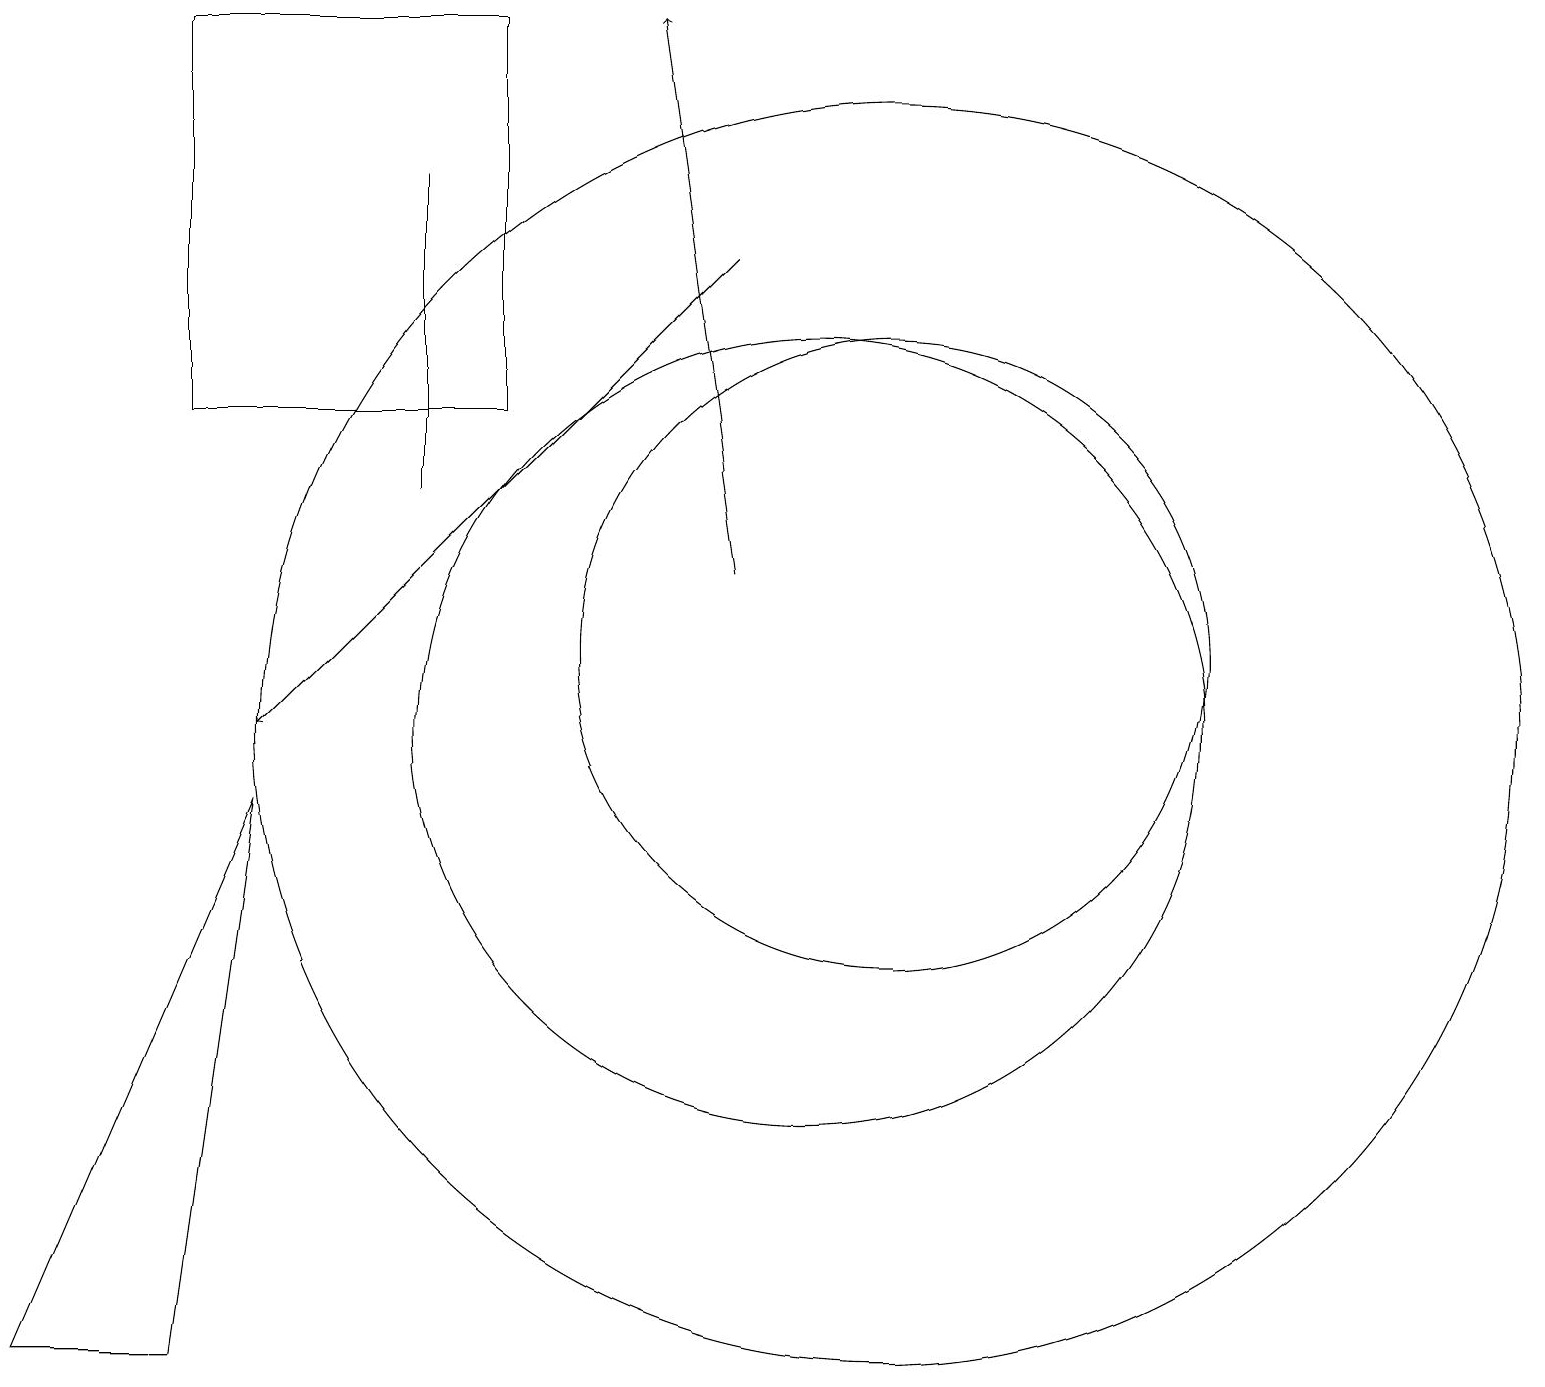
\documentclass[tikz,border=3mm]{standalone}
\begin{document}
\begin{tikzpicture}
\draw (5,17) rectangle (5,13);
\draw (11,10) circle (8);
\draw[->] (9,12) -- (8,19);
\draw (11,11) circle (4);
\draw (2,2) -- (0,2) -- (3,9) -- cycle;
\draw (10,10) circle (5);
\draw[->] (9,16) -- (3,10);
\draw (6,19) rectangle (2,14);
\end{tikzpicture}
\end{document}